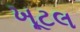
ખૂટલ